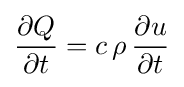
{\frac {\partial Q}{\partial t}}=c\,\rho \,{\frac {\partial u}{\partial t}}